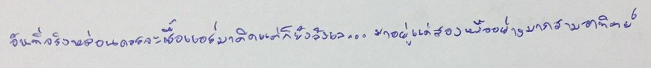
อันที่จริงหล่อนควรจะซื้อแอร์มาติดแต่ก็ยังลังเล...มาอยู่แค่สองหรืออย่างมากสามอาทิตย์